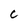
Character: c